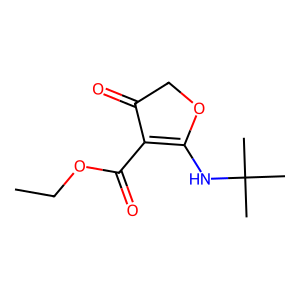
SMILES: CCOC(=O)C1=C(NC(C)(C)C)OCC1=O
Inhibits HIV replication: No